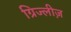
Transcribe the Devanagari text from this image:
ग्रिज्लीज़